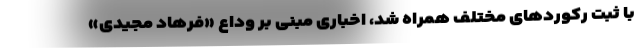
با ثبت رکوردهای مختلف همراه شد، اخباری مبنی بر وداع «فرهاد مجیدی»